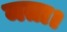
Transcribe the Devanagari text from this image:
मता।